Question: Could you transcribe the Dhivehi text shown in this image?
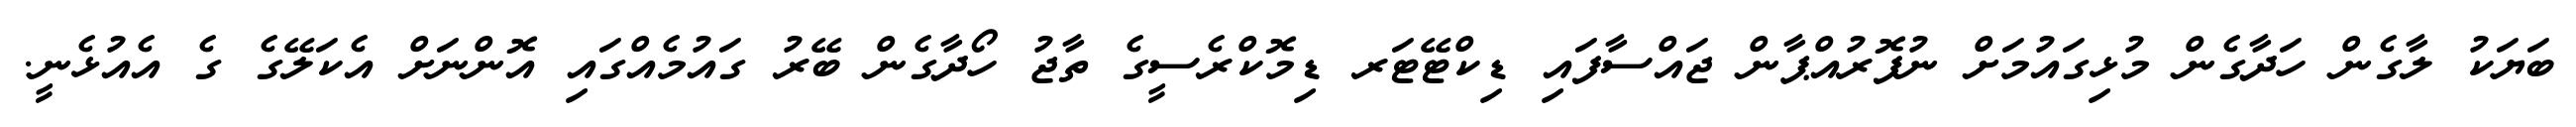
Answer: ބަޔަކު ލާގެން ހަދާގެން މުޅިގައުމަށް ނުފޮރުއްޕާން ޖައްސާފައި ޑިކްޓޭޓަރ ޑިމޮކްރެސީގެ ތާޖު ހޯދާގެން ބޭރު ގައުމެއްގައި އޮންނަށް އެކަލޭގެ ގެ އެއުޅެނީ.